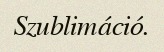
Szublimáció.